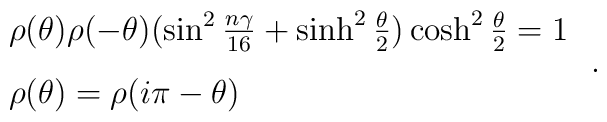
\begin{array}{l}\rho(\theta)\rho(-\theta)(\sin^2\frac{n\gamma}{16}+\sinh^2\frac{\theta}{2})\cosh^2\frac{\theta}{2}=1\vspace{3mm}\\\rho(\theta)=\rho(i\pi-\theta)\end{array}\;.